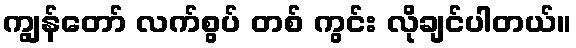
ကျွန်တော် လက်စွပ် တစ် ကွင်း လိုချင်ပါတယ်။